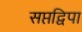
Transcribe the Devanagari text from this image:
सप्तद्विपा